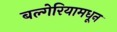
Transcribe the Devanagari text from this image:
बल्गेरियामधून